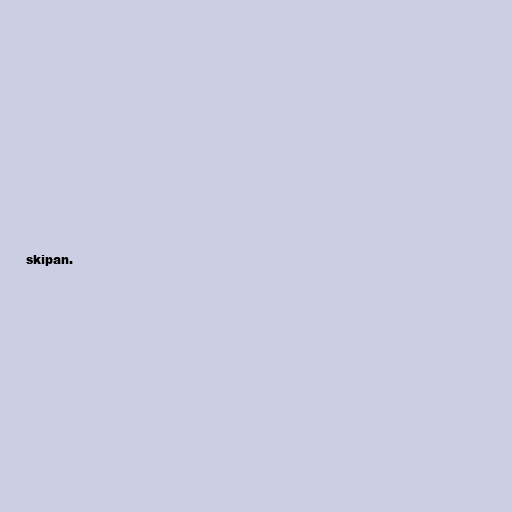
skipan.